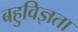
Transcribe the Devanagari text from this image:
बहुविज्ञता